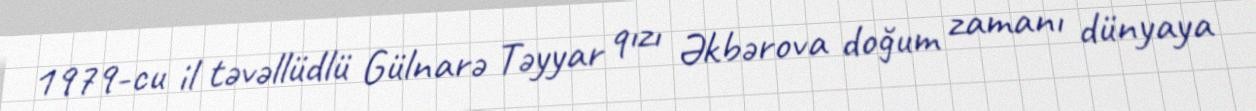
1979-cu il təvəllüdlü Gülnarə Təyyar qızı Əkbərova doğum zamanı dünyaya